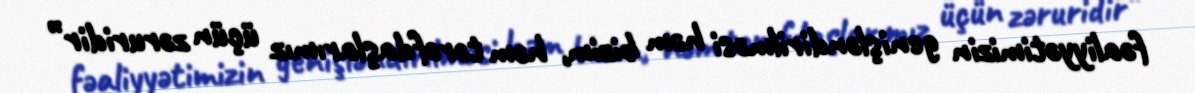
fəaliyyətimizin genişləndirilməsi həm bizim, həm tərəfdaşlarımız üçün zəruridir”